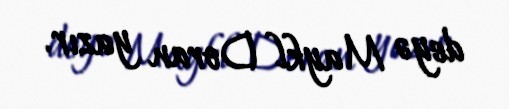
deyə Maykl Doran yazır.